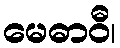
မေဓာဝီ၊